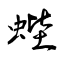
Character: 蜌